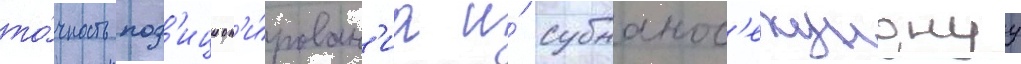
то́чность поз'ицион'и́рован'иа и́ субнанос'екунднуу